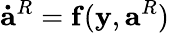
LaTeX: \mathbf{\dot{a}}^{R}=\mathbf{f}(\mathbf{y},\mathbf{a}^{R})